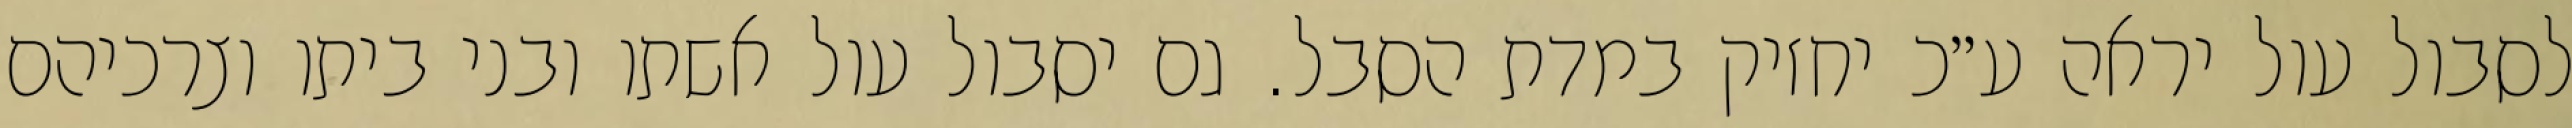
לסבול עול יראה ע״כ יחזיק במדת הסבל. גם יסבול עול אשתו ובני ביתו וצרכיהם